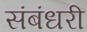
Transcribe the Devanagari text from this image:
संबंधरी